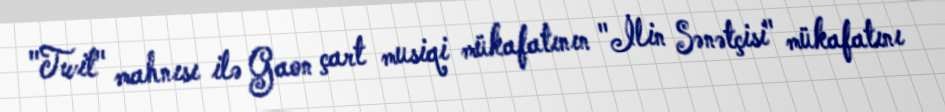
"Twit" mahnısı ilə Gaon çart musiqi mükafatının "İlin Sənətçisi" mükafatını